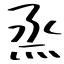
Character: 烝